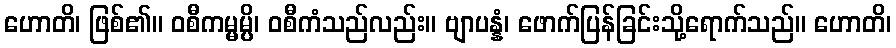
ဟောတိ၊ ဖြစ်၏။ ဝစီကမ္မမ္ပိ၊ ဝစီကံသည်လည်း။ ဗျာပန္နံ၊ ဖောက်ပြန်ခြင်းသို့ရောက်သည်။ ဟောတိ၊